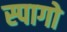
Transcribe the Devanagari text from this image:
स्पागो